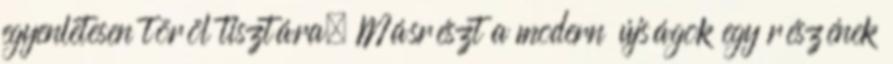
egyenletesen töröl tisztára. Másrészt a modern újságok egy részének